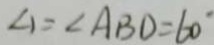
\angle 1 = \angle A B D = 6 0 ^ { \circ }